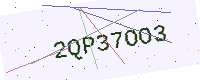
Text: 2QP37OO3